Vaccination in the Punjab 1867-1880 - 1867-1880
Year: 1867
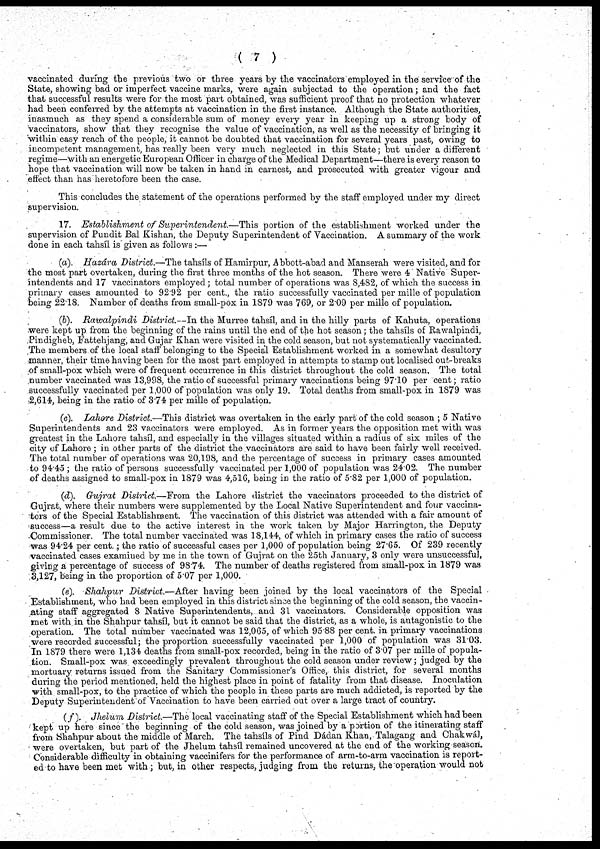
( 7 )
vaccinated during the previous two or three years by the vaccinators employed in the service of the
State, showing bad or imperfect vaccine marks, were again subjected to the operation; and the fact
that successful results were for the most part obtained, was sufficient proof that no protection whatever
had been conferred by the attempts at vaccination in the first instance. Although the State authorities,
inasmuch as they spend a considerable sum of money every year in keeping up a strong body of
vaccinators, show that they recognise the value of vaccination, as well as the necessity of bringing it
within easy reach of the people, it cannot be doubted that vaccination for several years past, owing to
incompetent management, has really been very much neglected in this State; but under a different
regime—with an energetic European Officer in charge of the Medical Department—there is every reason to
hope that vaccination will now be taken in hand in earnest, and prosecuted with greater vigour and
effect than has heretofore been the case.
This concludes the statement of the operations performed by the staff employed under my direct
supervision.
17. Establishment of Superintendent.—This
portion of the establishment worked under the
supervision of Pundit Bal Kishan, the Deputy Superintendent of Vaccination. A summary of the work
done in each tahsíl is given as follows :—
(a). Hazárd District.—The tahsíls of Hamirpur, Abbott-abad and Manserah were visited, and for
the most part overtaken, during the first three months of the hot season. There were 4 Native Super-
intendents and 17 vaccinators employed; total number of operations was 8,482, of which the success in
primary cases amounted to 92.92 per cent., the ratio successfully vaccinated per mille of population
being 22.18. Number of deaths from small-pox in 1879 was 769, or 2.09 per mille of population.
(b). Rawalpindi
District.—In the Murree tahsíl, and in the hilly parts of Kahuta, operations
were kept up from the beginning of the rains until the end of the hot season; the tahsíls of Rawalpindi,
Pindigheb, Fattehjang, and Gujar Khan were visited in the cold season, but not systematically vaccinated.
The members of the local staff belonging to the Special Establishment worked in a somewhat desultory
manner, their time having been for the most part employed in attempts to stamp out localised out-breaks
of small-pox which were of frequent occurrence in this district throughout the cold season. The total
number vaccinated was 13,998, the ratio of successful primary vaccinations being 97.10 per cent; ratio
successfully vaccinated per 1,000 of population was only 19. Total deaths from small-pox in 1879 was
2,614, being in the ratio of 3.74 per mille of population.
(c). Lahore District.—This district was overtaken in the early part of the cold season ; 5 Native
Superintendents and 23 vaccinators were employed. As in former years the opposition met with was
greatest in the Lahore tahsíl, and especially in the villages situated within a radius of six miles of the
city of Lahore ; in other parts of the district the vaccinators are said to have been fairly well received.
The total number of operations was 20,198, and the percentage of success in primary cases amounted
to 94.45 ; the ratio of persons successfully vaccinated per 1,000 of population was 24.02. The number
of deaths assigned to small-pox in 1879 was 4,516, being in the ratio of 5.82 per 1,000 of population.
(d). Gujrat District.—From the Lahore district the vaccinators proceeded to the district of
Gujrat, where their numbers were supplemented by the Local Native Superintendent and four vaccina-
tors of the Special Establishment. The vaccination of this district was attended with a fair amount of
success—a result due to the active interest in the work taken by Major Harrington, the Deputy
Commissioner. The total number vaccinated was 18,144, of which in primary cases the ratio of success
was 94.24 per cent.; the ratio of successful cases per 1,000 of population being 27.65. Of 239 recently
vaccinated cases examined by me in the town of Gujrat on the 25th January, 3 only were unsuccessful,
giving a percentage of success of 98.74. The number of deaths registered from small-pox in 1879 was
3,127, being in the proportion of 5.07 per 1,000.
(e). Shahpur District.—After having been joined by the local vaccinators of the Special
Establishment, who had been employed in this district since the beginning of the cold season, the vaccin-
ating staff aggregated 8 Native Superintendents, and 31 vaccinators. Considerable opposition was
met with in the Shahpur tahsíl, but it cannot be said that the district, as a whole, is antagonistic to the
operation. The total number vaccinated was 12,065, of which 95.88 per cent. in primary vaccinations
were recorded successful; the proportion successfully vaccinated per 1,000 of population was 31.03.
In 1879 there were 1,134 deaths from small-pox recorded, being in the ratio of 3.07 per mille of popula-
tion. Small-pox was exceedingly prevalent throughout the cold season under review; judged by the
mortuary returns issued from the Sanitary Commissioner's Office, this district, for several months
during the period mentioned, held the highest place in point of fatality from that disease. Inoculation
with small-pox, to the practice of which the people in these parts are much addicted, is reported by the
Deputy Superintendent of Vaccination to have been carried out over a large tract of country.
(f). Jhelum District.—The local vaccinating staff of the Special Establishment which had been
kept up here since the beginning of the cold season, was joined by a portion of the itinerating staff
from Shahpur about the middle of March. The tahsíls of Pind Dádan Khan, Talagang and Chakwál,
were overtaken, but part of the Jhelum tahsíl remained uncovered at the end of the working season.
Considerable difficulty in obtaining vaccinifers for the performance of arm-to-arm vaccination is report-
ed to have been met with ; but, in other respects, judging from the returns, the operation would not